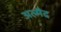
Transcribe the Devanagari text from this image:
अल्मैद